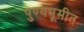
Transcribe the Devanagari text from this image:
पुण्यभूमीत